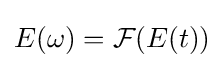
E(\omega )={\mathcal {F}}(E(t))